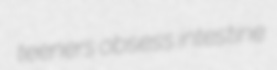
teeners obsess intestine